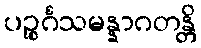
ပဉ္စင်္ဂသမန္နာဂတန္တိ